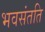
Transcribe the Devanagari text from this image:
भवसंतति